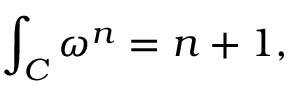
\int _ { \cal C } \omega ^ { n } = n + 1 ,